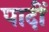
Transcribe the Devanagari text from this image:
पादीं